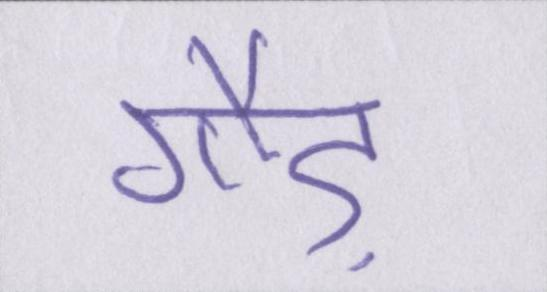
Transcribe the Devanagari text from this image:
गौड़